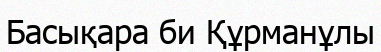
Басықара би Құрманұлы